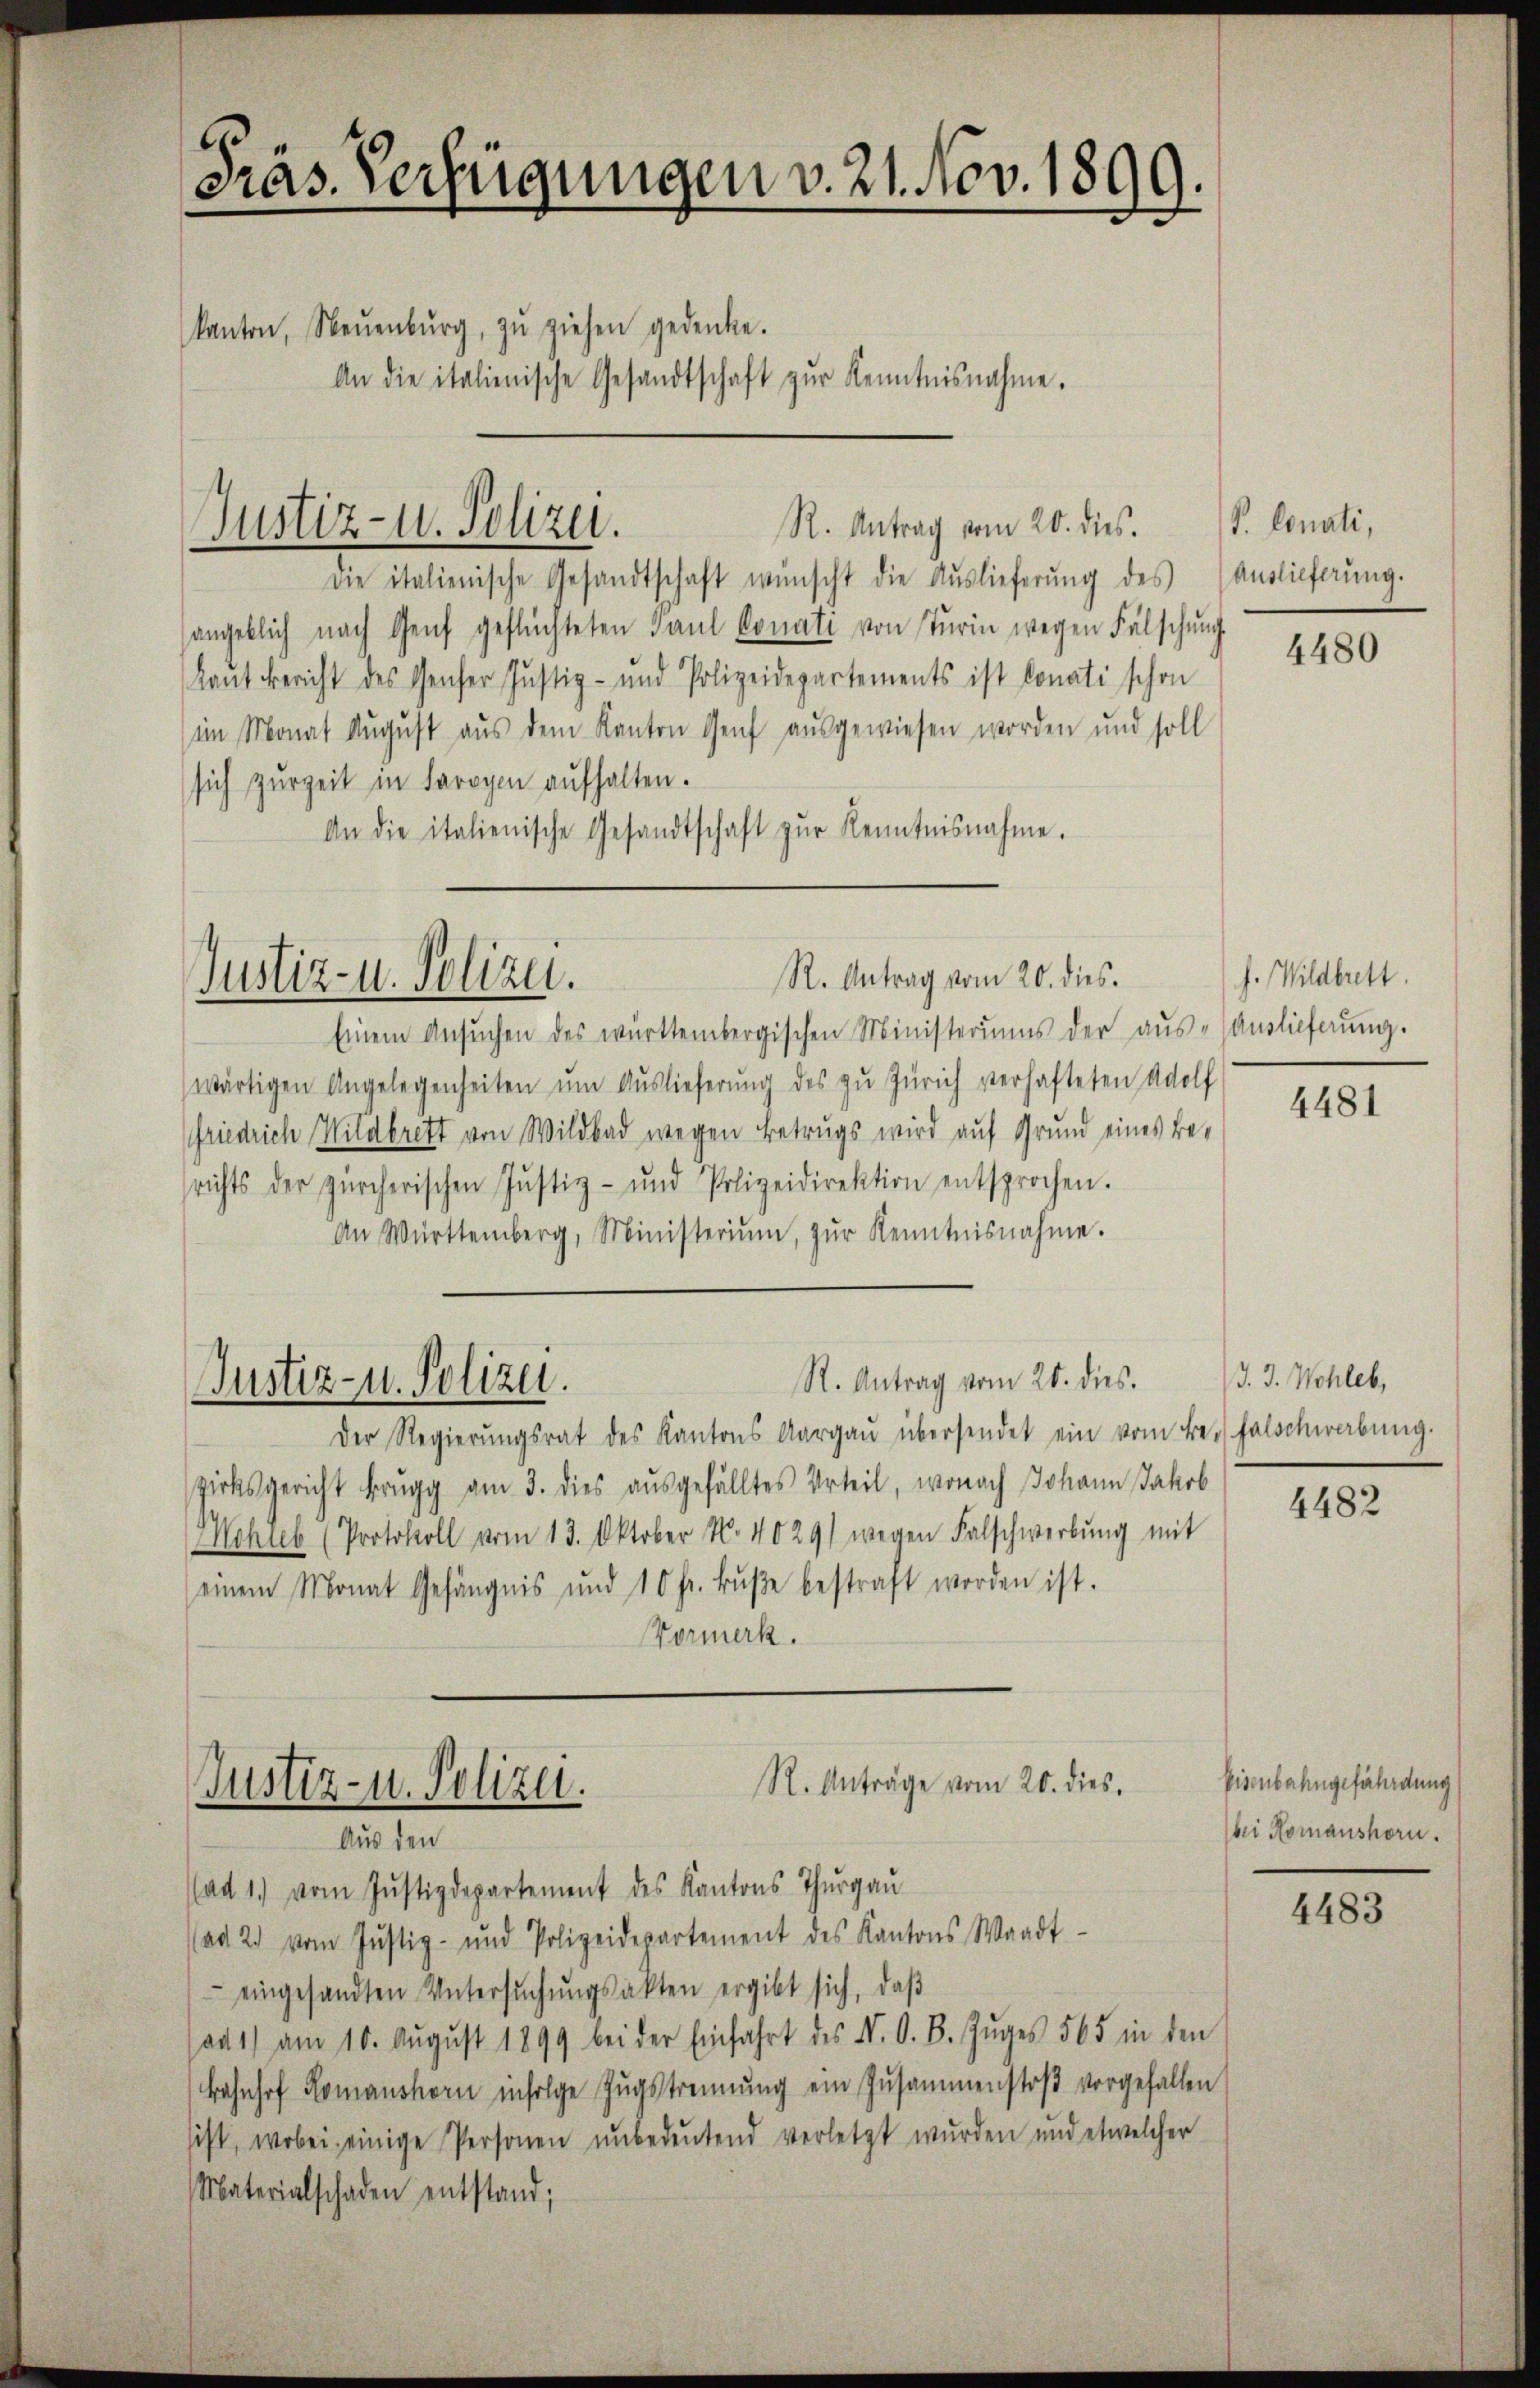
Präs. Verfügungen v. 21. Nov. 1899.
kanton, Neuenburg, zŭ ziehen gedenke.
An die italienische Gesandtschaft zŭr Kenntnisnahme.

Justiz- u. Polizei.

R. Antrag vom 20. dies.
Justiz- u. Polizei.

Justiz- u. Polizei.

die italienische Gesandtschaft wünscht die Auslieferŭng des
angeblich nach Genf geflüchteten Paul Conati von Turin wegen Fälschŭng
(laut Bericht des Genfer Justiz- und Polizeidepartements ist donati schon
im Monat August aus dem Kanton Genf ausgewiesen worden und soll
sich zŭrzeit in Parogen aŭfhalten.
An die italienische Gesandtschaft zŭr Kenntnisnahme.

R. Antrag vom 20. dies.

Einem Ansŭchen des württembergischen Ministeriums der aŭs-Anslieferŭng.
wärtigen Angelegenheiten ŭm Aŭslieferung des zu Zürich verhafteten Wolf
friedrich Wildbrett von Wildbad wegen Betrugs wird auf Grund eines Berichts der zürcherischen Jŭstiz- und Polizeidirektion entsprochen.
An Württemberg, Ministerium, zŭr Kenntnisnahme.
Der Regierŭngsrat des Kantons Aargaŭ übersendet ein vom Be- Falscherabŭng.
zirksgericht Brugg am 3. dies aŭsgefälltes Urteil, wonach Johann Jakob
Mohub (Protokoll vom 13. Oktober N. 4029) wegen Falschwerbŭng mit
einem Monat Gefängnis und 10 fr. Bŭβe bestraft worden ist.
Vormerk.
R. Anträge vom 20. dies
Justiz- u. Polizei.

Aus den
(ad 1. vom Justizdepartement des Kantons Thurgau

R. Antrag vom 20. dies.

(ad 2. vom Jŭstiz- und Polizeidepartement des Kantons Waadt
 eingesandten Untersŭchŭngsakten ergibt sich, daβ
sad 1) am 10. Aŭgŭst 1899 bei der Einfahrt des N. O. B. Zŭges 565 in den
Bahnhof Romanshorn infolge Zŭgstrennung ein Zusammenstoß vorgefallen
sist, wobei einige Personen ŭnbedeŭtend verletzt wurden und etwelcher
Materialschaden entstand;

P. lonati,
Auslieferung.

4480

f. Wildbrett.

4481

J. J. Wohler,

4482

Pisenbahngefährdung
bei Romanshorn.

4483